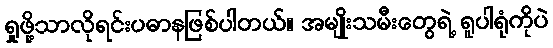
ရှုဖို့သာလိုရင်းပဓာနဖြစ်ပါတယ်။ အမျိုးသမီးတွေရဲ့ ရူပါရုံကိုပဲ